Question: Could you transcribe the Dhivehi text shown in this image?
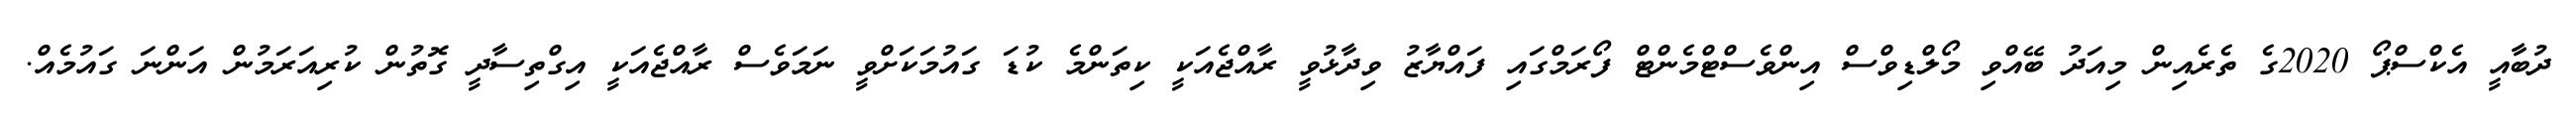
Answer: ދުބާއީ އެކްސްޕޯ 2020ގެ ތެރެއިން މިއަދު ބޭއްވި މޯލްޑިވްސް އިންވެސްޓްމެންޓް ފޯރަމްގައި ފައްޔާޒު ވިދާޅުވީ ރާއްޖެއަކީ ކިތަންމެ ކުޑަ ގައުމަކަށްވީ ނަމަވެސް ރާއްޖެއަކީ އިގްތިސާދީ ގޮތުން ކުރިއަރަމުން އަންނަ ގައުމެއް.